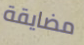
مضايقة